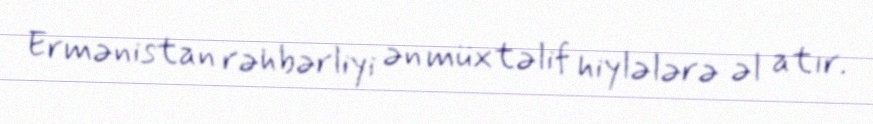
Ermənistan rəhbərliyi ən müxtəlif hiylələrə əl atır.